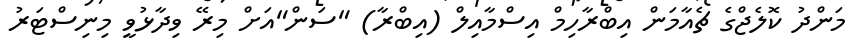
މަންދު ކޮލެޖްގެ ޗެއާމަން އިބްރާހިމް އިސްމާއިލް (އިބްރާ) "ސަން"އަށް މިރޭ ވިދާޅުވީ މިނިސްޓަރު